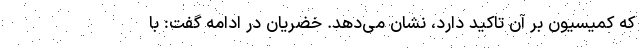
که کمیسیون بر آن تاکید دارد، نشان می‌دهد. خضریان در ادامه گفت: با